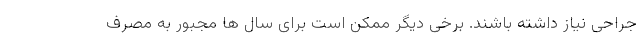
جراحی نیاز داشته باشند. برخی دیگر ممکن است برای سال ها مجبور به مصرف